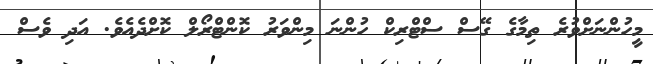
މީހުންނަށްވުރެ ތިމާގެ ގޭސް ސްޓްރިކް ހުންނަ މިންވަރު ކޮންޓްރޯލް ކޮށްދެއެވެ. އަދި ވެސް